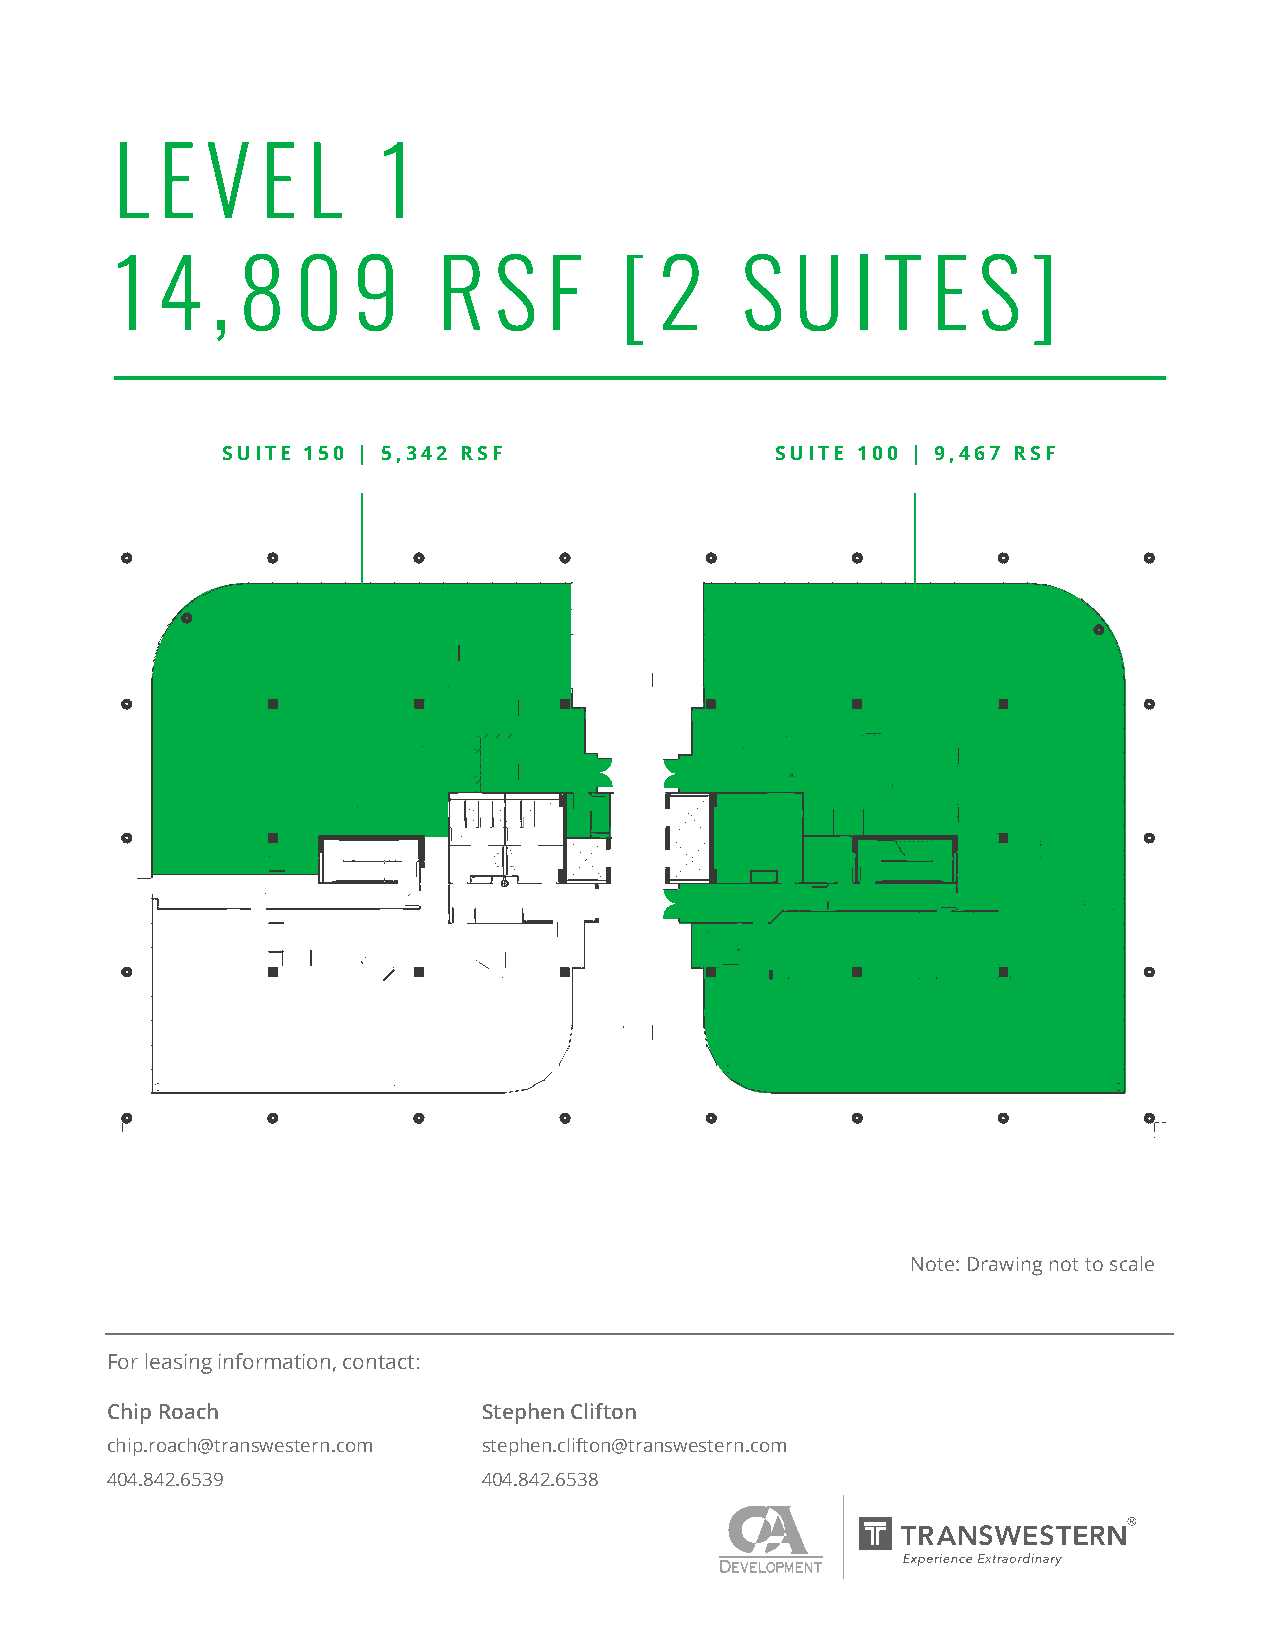
L  E  V  E  L    1
 1 4   , 8   0  9     R   S  F    [  2    S   U  I T   E  S  ]
 SUITE 150 | 5,342 RSF               SUITE 100 | 9,467 RSF
 Note: Drawing not to scale
 For leasing information, contact:
 For leasing information, contact:
 Chip Roach               Stephen Clifton
 Chip Roach               Stephen Clifton
 chip.roach@transwestern.com stephen.clifton@transwestern.com
 chip.roach@madisonmarquette.com stephen.clifton@madisonmarquette.com
 404.842.6539             404.842.6538
 404.671.4705             404.671.4719